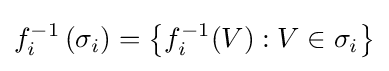
f_{i}^{-1}\left(\sigma _{i}\right)=\left\{f_{i}^{-1}(V):V\in \sigma _{i}\right\}